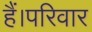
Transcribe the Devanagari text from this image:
हैं।परिवार